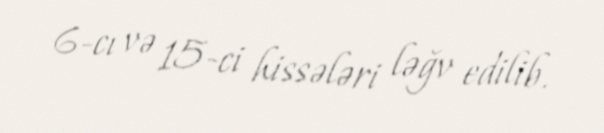
6-cı və 15-ci hissələri ləğv edilib.